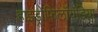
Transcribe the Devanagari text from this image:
हाइड्रोफ़िलॉयडिया